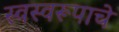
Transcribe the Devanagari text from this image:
स्वस्वरूपाचे